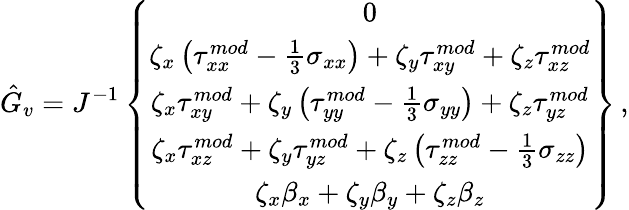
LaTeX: \hat{G}_{v}=J^{-1}\left\{ \begin{array}{c}{0}\\ {\zeta_{x}\left({\tau}_{xx}^{mod}-\frac{1}{3}\sigma_{xx}\right)+\zeta_{y}{\tau}_{xy}^{mod}+\zeta_{z}{\tau}_{xz}^{mod}}\\ {\zeta_{x}{\tau}_{xy}^{mod}+\zeta_{y}\left({\tau}_{yy}^{mod}-\frac{1}{3}\sigma_{yy}\right)+\zeta_{z}{\tau}_{yz}^{mod}}\\ {\zeta_{x}{\tau}_{xz}^{mod}+\zeta_{y}{\tau}_{yz}^{mod}+\zeta_{z}\left({\tau}_{zz}^{mod}-\frac{1}{3}\sigma_{zz}\right)}\\ {\zeta_{x}{\beta}_{x}+\zeta_{y}{\beta}_{y}+\zeta_{z}{\beta}_{z}}\end{array}\right\} \, \mathrm{,}